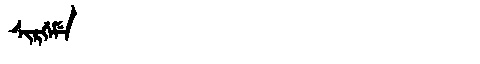
Manchu: ᠰᡳᡵᡤᡝᠮᡝ
Romanization: SIRGEME